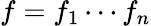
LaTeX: f=f_{1}\cdots f_{n}